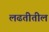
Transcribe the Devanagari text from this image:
लढतीतील